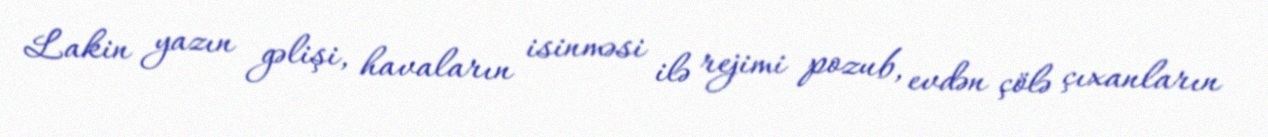
Lakin yazın gəlişi, havaların isinməsi ilə rejimi pozub, evdən çölə çıxanların